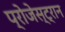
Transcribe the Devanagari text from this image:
प्रोजेस्ट्रान